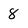
Character: 8